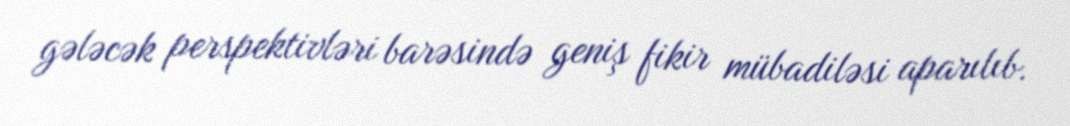
gələcək perspektivləri barəsində geniş fikir mübadiləsi aparılıb.